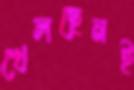
খেলছেনই